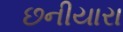
છનીયારા